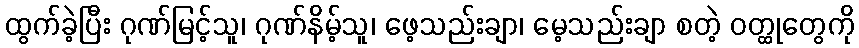
ထွက်ခဲ့ပြီး ဂုဏ်မြင့်သူ၊ ဂုဏ်နိမ့်သူ၊ ဖေ့သည်းချာ၊ မေ့သည်းချာ စတဲ့ ဝတ္ထုတွေကို